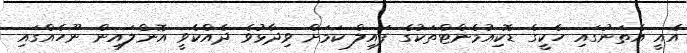
އެއީ އެތަނުގައި ހެކީގެ ޑޮކިއުމެންޓްތަކުގެ ފައިލް ކަމަށް ވިދާޅުވެ ދެއްކެވީ އޮންލައިން ނޫހެއްގައި